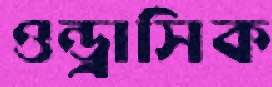
ওন্ড্রাসিক